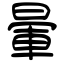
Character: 暈